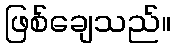
ဖြစ်ချေသည်။